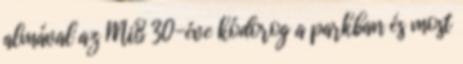
almával az MiB 30-éve kódorog a parkban és most